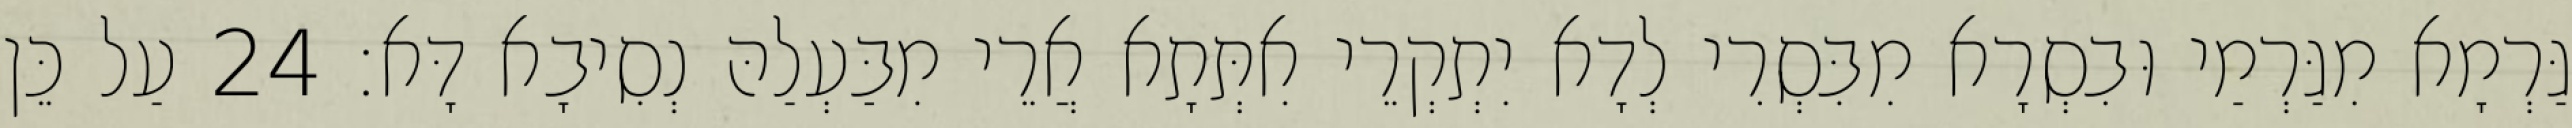
גַּרְמָא מִגַּרְמַי וּבִסְרָא מִבִּסְרִי לְדָא יִתְקְרֵי אִתְּתָא אֲרֵי מִבַּעְלַהּ נְסִיבָא דָּא׃ 24 עַל כֵּן